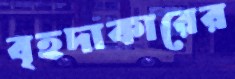
বৃহদাকারের